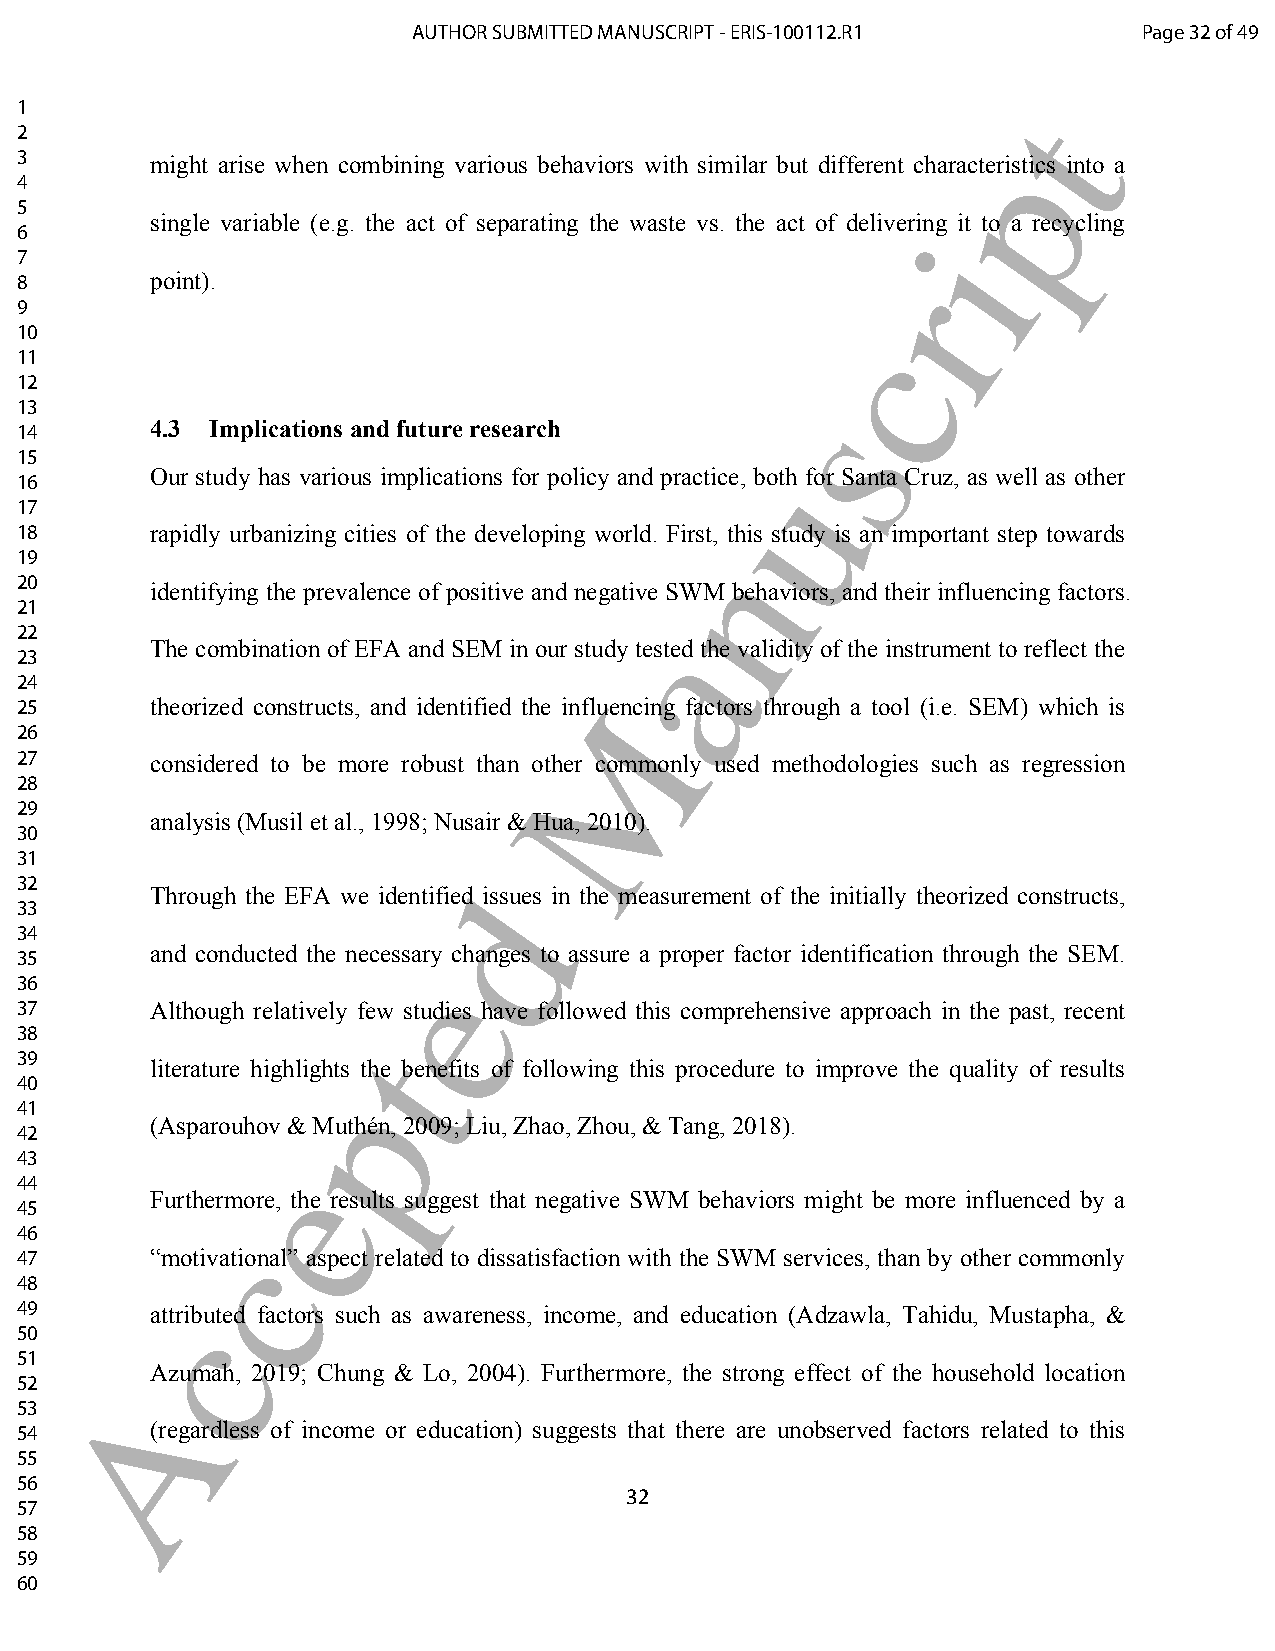
AUTHOR SUBMITTED MANUSCRIPT - ERIS-100112.R1     Page 32 of 49
 1                                                                 t
 2
 p
 3        might arise when combining various behaviors with similar but different characteristics into a
 4
 5
 single variable (e.g. the act of separating the waste vs. the act of delivering it to a recycling
 6                                                           i
 7
 8        point).                                          r
 9
 10                                                     c
 11
 12
 s
 13
 4.3 Implications and future research
 14
 15
 u
 Our study has various implications for policy and practice, both for Santa Cruz, as well as other
 16
 17
 18       rapidly urbanizing cities of the developing world. First, this study is an important step towards
 n
 19
 20
 identifying the prevalence of positive and negative SWM behaviors, and their influencing factors.
 21
 a
 22
 The combination of EFA and SEM in our study tested the validity of the instrument to reflect the
 23
 24
 25       theorized constructs, and identified the inflMuencing factors through a tool (i.e. SEM) which is
 26
 27       considered to be more robust than other commonly used methodologies such as regression
 28
 29
 analysis (Musil et al., 1998; Nusair & Hua, 2010).
 30
 31
 32                           d
 Through the EFA we identified issues in the measurement of the initially theorized constructs,
 33
 34
 and conducted the necessary changes to assure a proper factor identification through the SEM.
 35
 e
 36
 37       Although relatively few studies have followed this comprehensive approach in the past, recent
 38                    t
 39
 literature highlights the benefits of following this procedure to improve the quality of results
 40                  p
 41
 (Asparouhov & Muthén, 2009; Liu, Zhao, Zhou, & Tang, 2018).
 42
 43               e
 44
 Furthermore, the results suggest that negative SWM behaviors might be more influenced by a
 45
 46           c
 47       “motivational” aspect related to dissatisfaction with the SWM services, than by other commonly
 48
 49       atctributed factors such as awareness, income, and education (Adzawla, Tahidu, Mustapha, &
 50
 51
 Azumah, 2019; Chung & Lo, 2004). Furthermore, the strong effect of the household location
 52     A
 53
 54       (regardless of income or education) suggests that there are unobserved factors related to this
 55
 56
 32
 57
 58
 59
 60